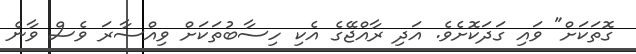
ގޮތަކަށް" ވައި ގަދަކޮށެވެ. އަދި ރާއްޖޭގެ އެކި ހިސާބުތަކަށް ވިއްސާރަ ވެސް ވާނެ